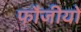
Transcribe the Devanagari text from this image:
फौजीयों